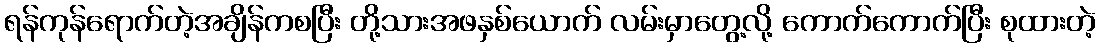
ရန်ကုန်ရောက်တဲ့အချိန်ကစပြီး တို့သားအဖနှစ်ယောက် လမ်းမှာတွေ့လို့ ကောက်ကောက်ပြီး စုထားတဲ့